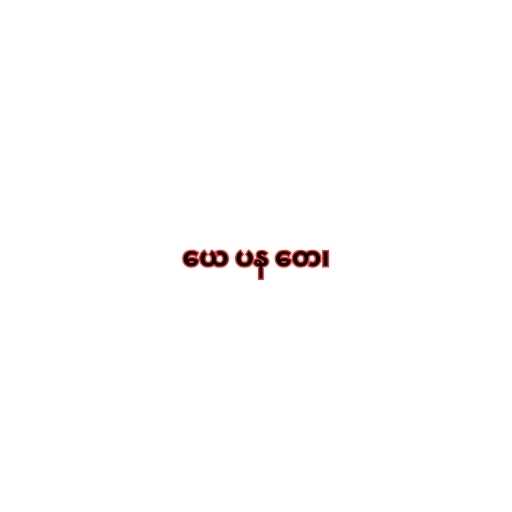
ယေ ပန တေ၊